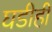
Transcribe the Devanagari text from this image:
घडीही